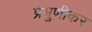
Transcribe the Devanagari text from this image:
प्रभुणीकर